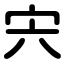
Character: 宍